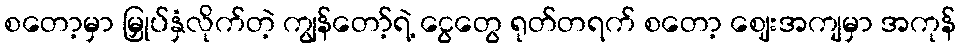
စတော့မှာ မြှုပ်နှံလိုက်တဲ့ ကျွန်တော့်ရဲ့ ငွေတွေ ရုတ်တရက် စတော့ ဈေးအကျမှာ အကုန်